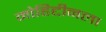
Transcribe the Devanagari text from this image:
मोहिद्दीनला